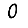
Digit: 0